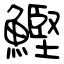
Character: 鰹